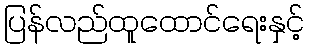
ပြန်လည်ထူထောင်ရေးနှင့်